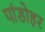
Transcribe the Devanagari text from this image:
पांडोहर